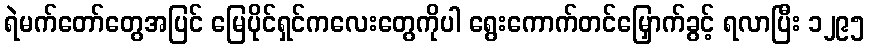
ရဲမက်တော်တွေအပြင် မြေပိုင်ရှင်ကလေးတွေကိုပါ ရွေးကောက်တင်မြှောက်ခွင့် ရလာပြီး ၁၂၉၅